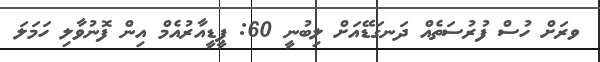
ވރަށް ހުސް ފުރުސަތެއް ދަނގަޑޭއަށް ލިބުނީ 60: ޕީޑީއާރުއެމް އިން ފޮނުވާލި ހަމަލަ